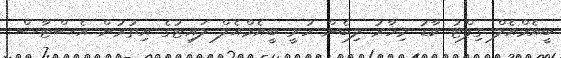
ބީއެމްއެލް ގިފްޓު ކާޑު މިހާރު ލިބެން ހުރީ ބީއެމްއެލް ލައިޓުގެ އިތުރުން އެސްޓާސް